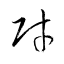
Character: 財